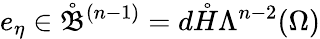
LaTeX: e_{\eta}\in\mathring{\mathfrak{B}}^{(n-1)}=d\mathring{H}\Lambda^{n-2}(\Omega)